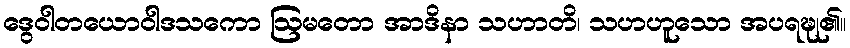
ဒွေဝါတယောဝါဒသကော ဩမတော အာဒိနာ သဟာတိ၊ သဟဟူသော အပရဍ္ဎု၏။